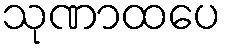
သုဏာထပေ